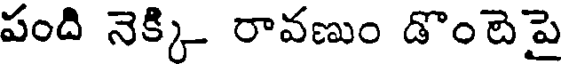
పంది నెక్కి రావణుం డొంటెపై